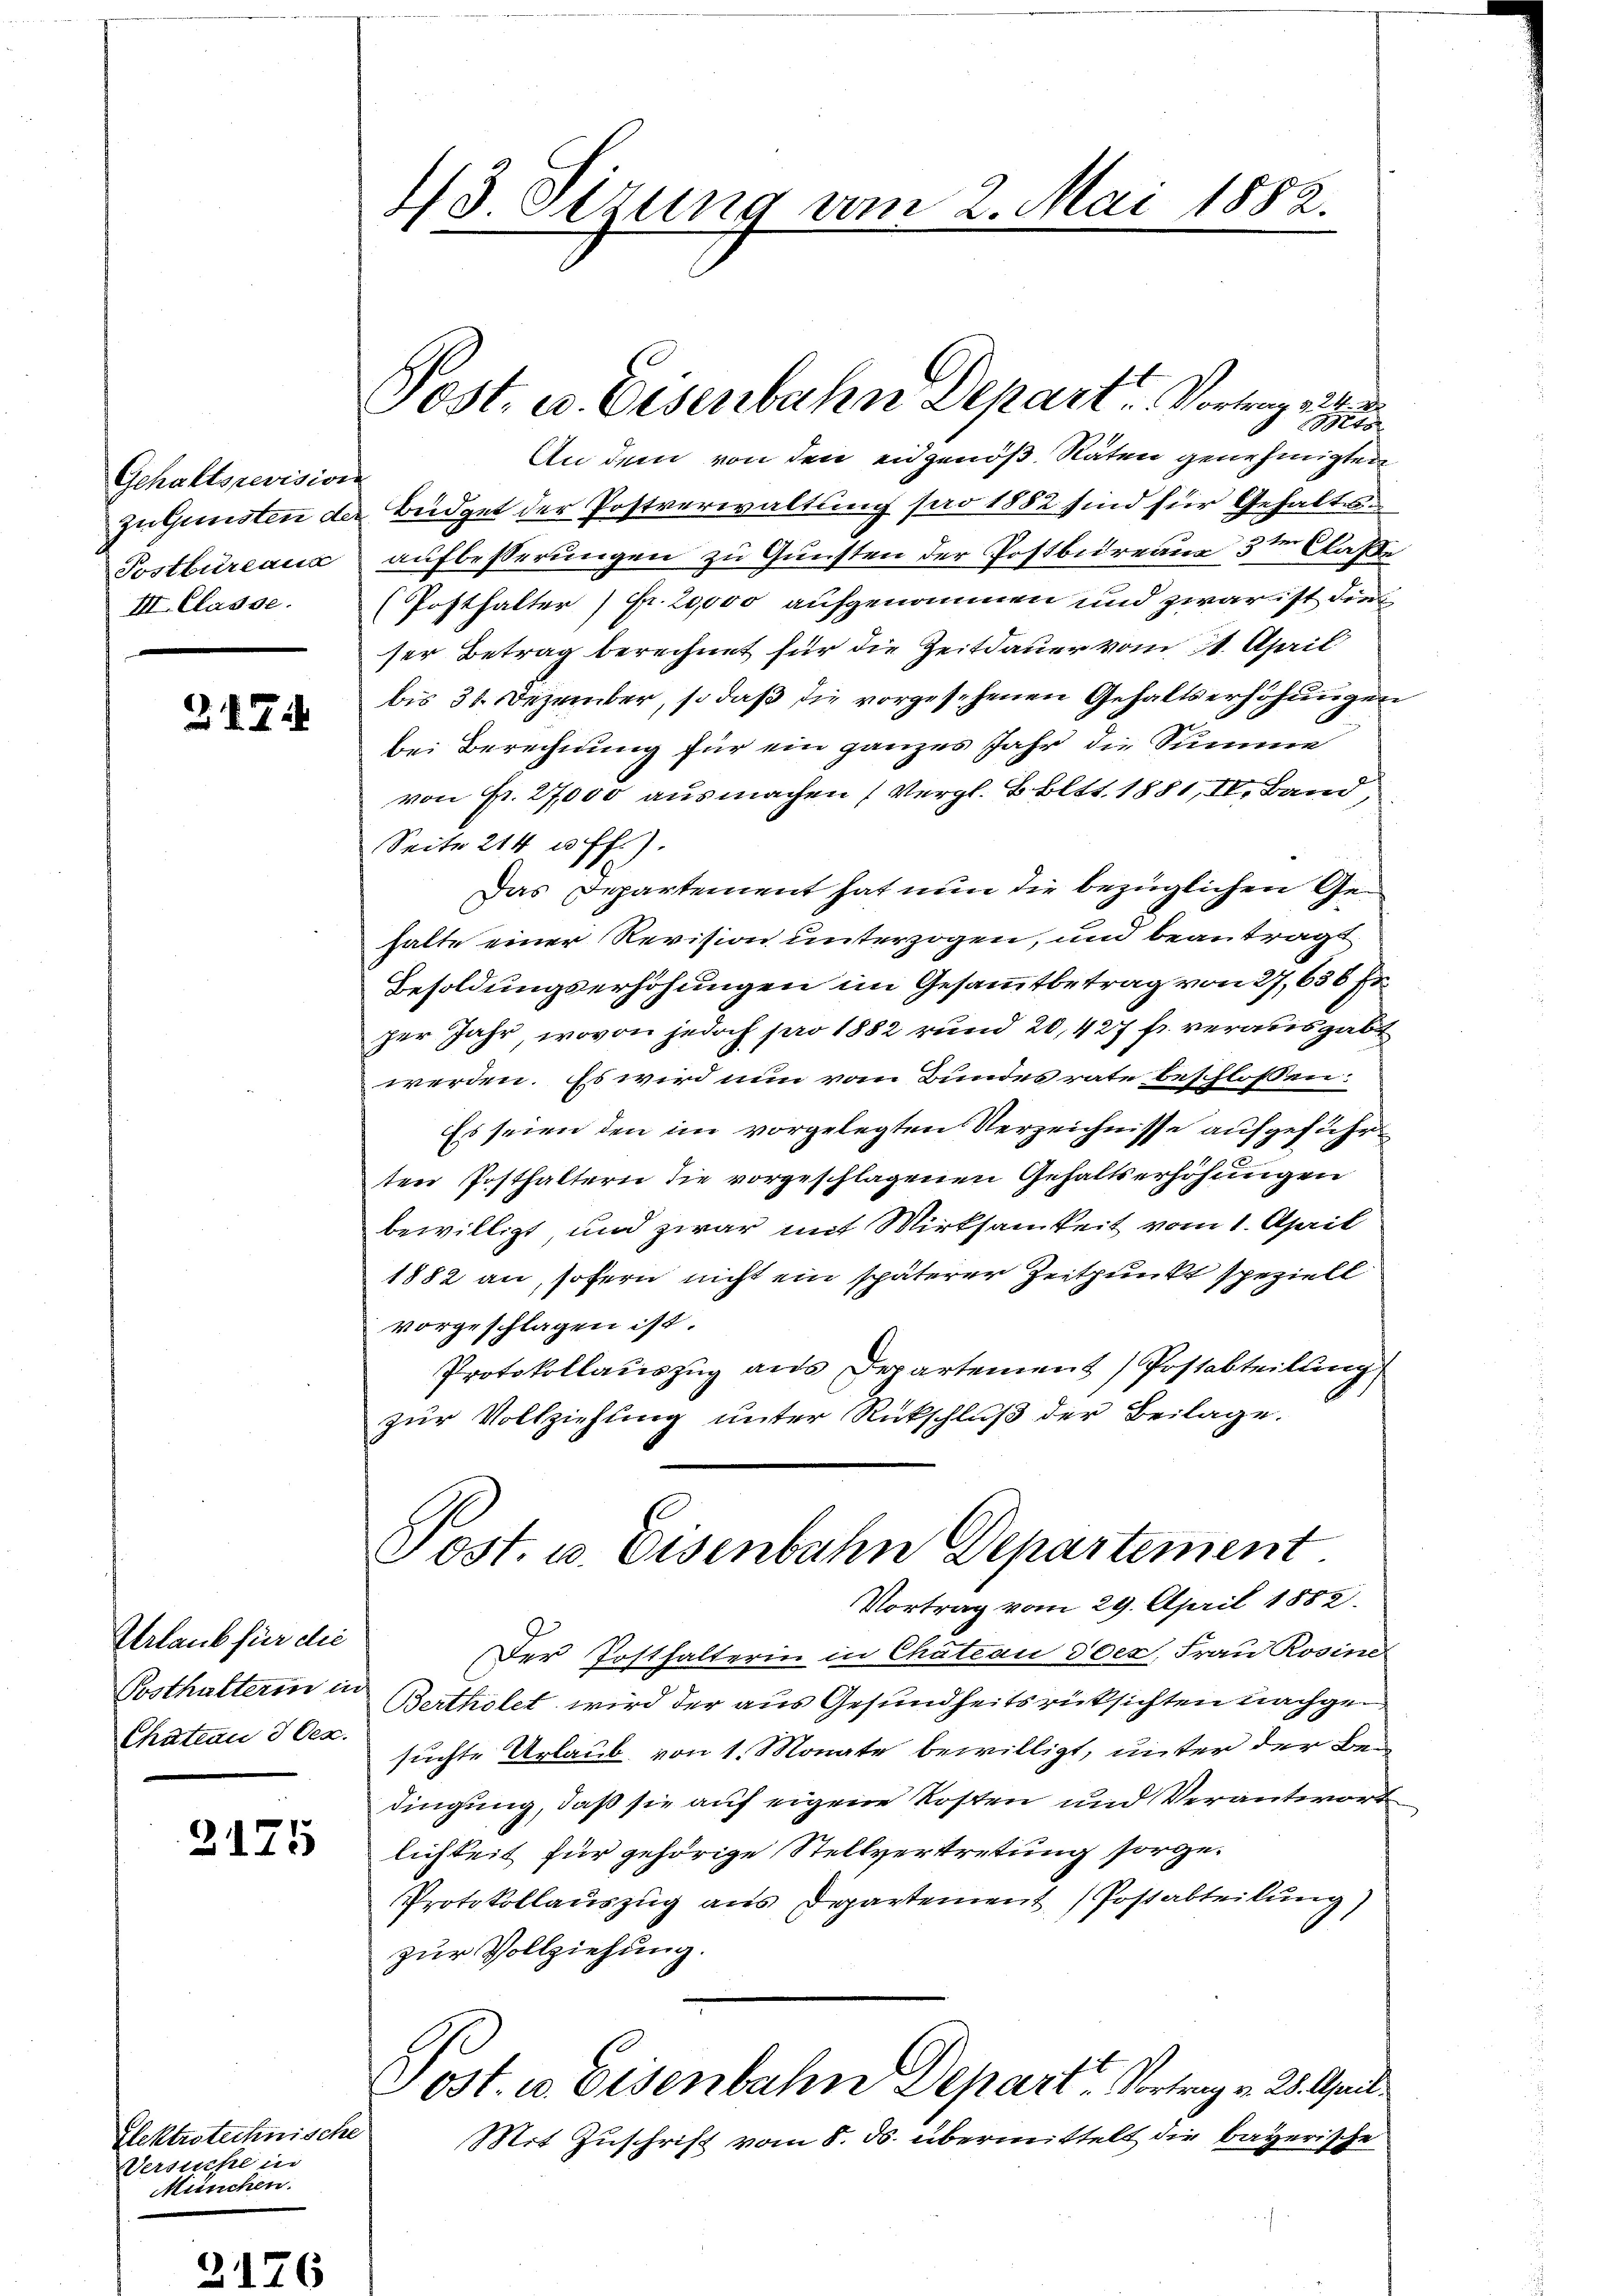
Gehaltsrevision
Postbüreaux
III. Classe.

274

Urlaub für die
Posthalterin in
Chateau 3 Dez.

2125

Elektrotechnische
Versuche in
München.

1/3 Sizung vom 2. Mai 1882.

Post, u. Eisenbahn Depart. Vortrag zitie

to
An dem von den eidgenöß. Räten genehmigten
zu Gunsten der Büdget der Postverwaltung pro 1882 sind für Gehalten
aufbesserungen zu Gunsten der Postbureaus 3ter Claße
(Posthalter ) Fr. 20,000 aufgenommen und zwar ist die
ser Betrag berechnet für die Zeitdauer vom 11. April
bis 30. Dezember, so daß die vorgesehenen Gehaltserhöhungen
bei Berechnung für ein ganzes Jahr die Summe
von Fr. 27,000 ausmachen (Vergl. Boltt. 1881, IV. Band,
Seite 214 u. ff.).
Das Departement hat nun die bezüglichen Gehalte einer Revision unterzogen, und beantragt
Besoldungserhöhungen im Gesammtbetrag von 27,636 Fr.
per Jahr, wovon jedoch pro 1882 rund 20, 427 f. verausgabt
werden. Es wird nun vom Bundesrate beschlossen:
Es seien den im vorgelegten Verzeichnisse aufgeführten Posthaltern die vorgeschlagenen Gehaltserhöhungen
bewilligt, und zwar mit Wirksamkeit vom 1. April
1882 an, sofern nicht ein späterer Zeitpunkt speziell
vorgeschlagen ist.
Protokollauszug aus Departement) Postabteilung
zur Vollziehung unter Rückschluß der Beilage.
Post. u. Eisenbahn Departement.
Vortrag vom 29. April 1888.
Der Posthalterin in Chateau doer, Frau Rosine
Bertholet wird der aus Gesundheitsrücksichten nachgesuchte Urlaub von 1. Monate bewilligt, unter der Bedingung, daß sie auf eigene Kosten und Verantwort
lichkeit für gehörige Stellvertretung sorge¬
Protokollauszug aus Departement (Postabteilung)
zur Vollziehung.
Post. v. Eisenbahn Depart. Vortrag v. 28. April
Mit Zuschrift vom 8. ds. übermittelt die bayerische